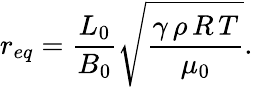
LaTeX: r_{eq}=\frac{L_{0}}{B_{0}}\sqrt{\frac{\gamma\, \rho\, R\, T}{\mu_{0}}}.